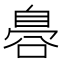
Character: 𮍛